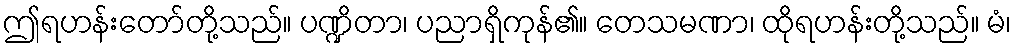
ဤရဟန်းတော်တို့သည်။ ပဏ္ဍိတာ၊ ပညာရှိကုန်၏။ တေသမဏာ၊ ထိုရဟန်းတို့သည်။ မံ၊